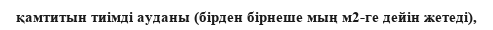
қамтитын тиімді ауданы (бірден бірнеше мың м2-ге дейін жетеді),